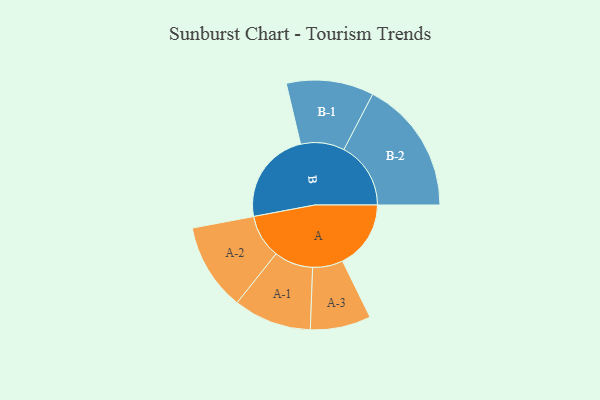
{"axis": {"x": "Segment", "y": "Value"}, "legend": ["", "A", "B"], "data": [{"x": "A", "y": 291, "type": ""}, {"x": "B", "y": 398, "type": ""}, {"x": "A-1", "y": 166, "type": "A"}, {"x": "A-2", "y": 186, "type": "A"}, {"x": "A-3", "y": 129, "type": "A"}, {"x": "B-1", "y": 186, "type": "B"}, {"x": "B-2", "y": 285, "type": "B"}]}